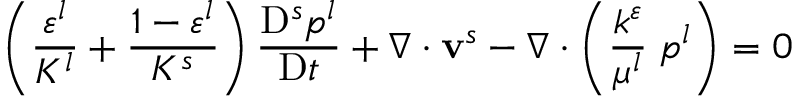
\left( \frac { \varepsilon ^ { l } } { K ^ { l } } + \frac { 1 - \varepsilon ^ { l } } { K ^ { s } } \right) \frac { \mathrm { D } ^ { s } p ^ { l } } { \mathrm { D } t } + \nabla \cdot \mathbf { v } ^ { s } - \nabla \cdot \left( \frac { k ^ { \varepsilon } } { \mu ^ { l } } \mathbf { \nabla } p ^ { l } \right) = 0